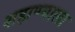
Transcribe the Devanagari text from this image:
शहाण्याला